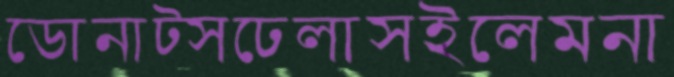
ডোনাট্সঢেলাসইলেমনা